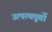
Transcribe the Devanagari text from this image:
उत्पत्यपूर्वो